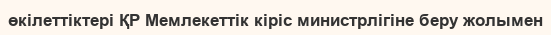
өкілеттіктері ҚР Мемлекеттік кіріс министрлігіне беру жолымен